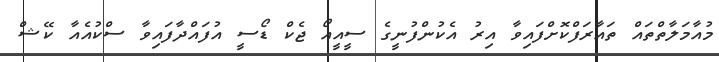
މުއާމަލާތްތައް ތައާރަފްކޮށްފައިވާ އިރު އެކުންފުނީގެ ސީއީއޯ ޖެކް ޑޯސީ އުފައްދާފައިވާ ސްކުއެއާ ކޭޝް